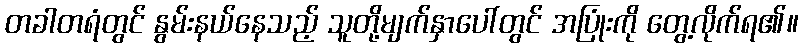
တခါတရံတွင် နွမ်းနယ်နေသည့် သူတို့မျက်နှာပေါ်တွင် အပြုံးကို တွေ့လိုက်ရ၏။